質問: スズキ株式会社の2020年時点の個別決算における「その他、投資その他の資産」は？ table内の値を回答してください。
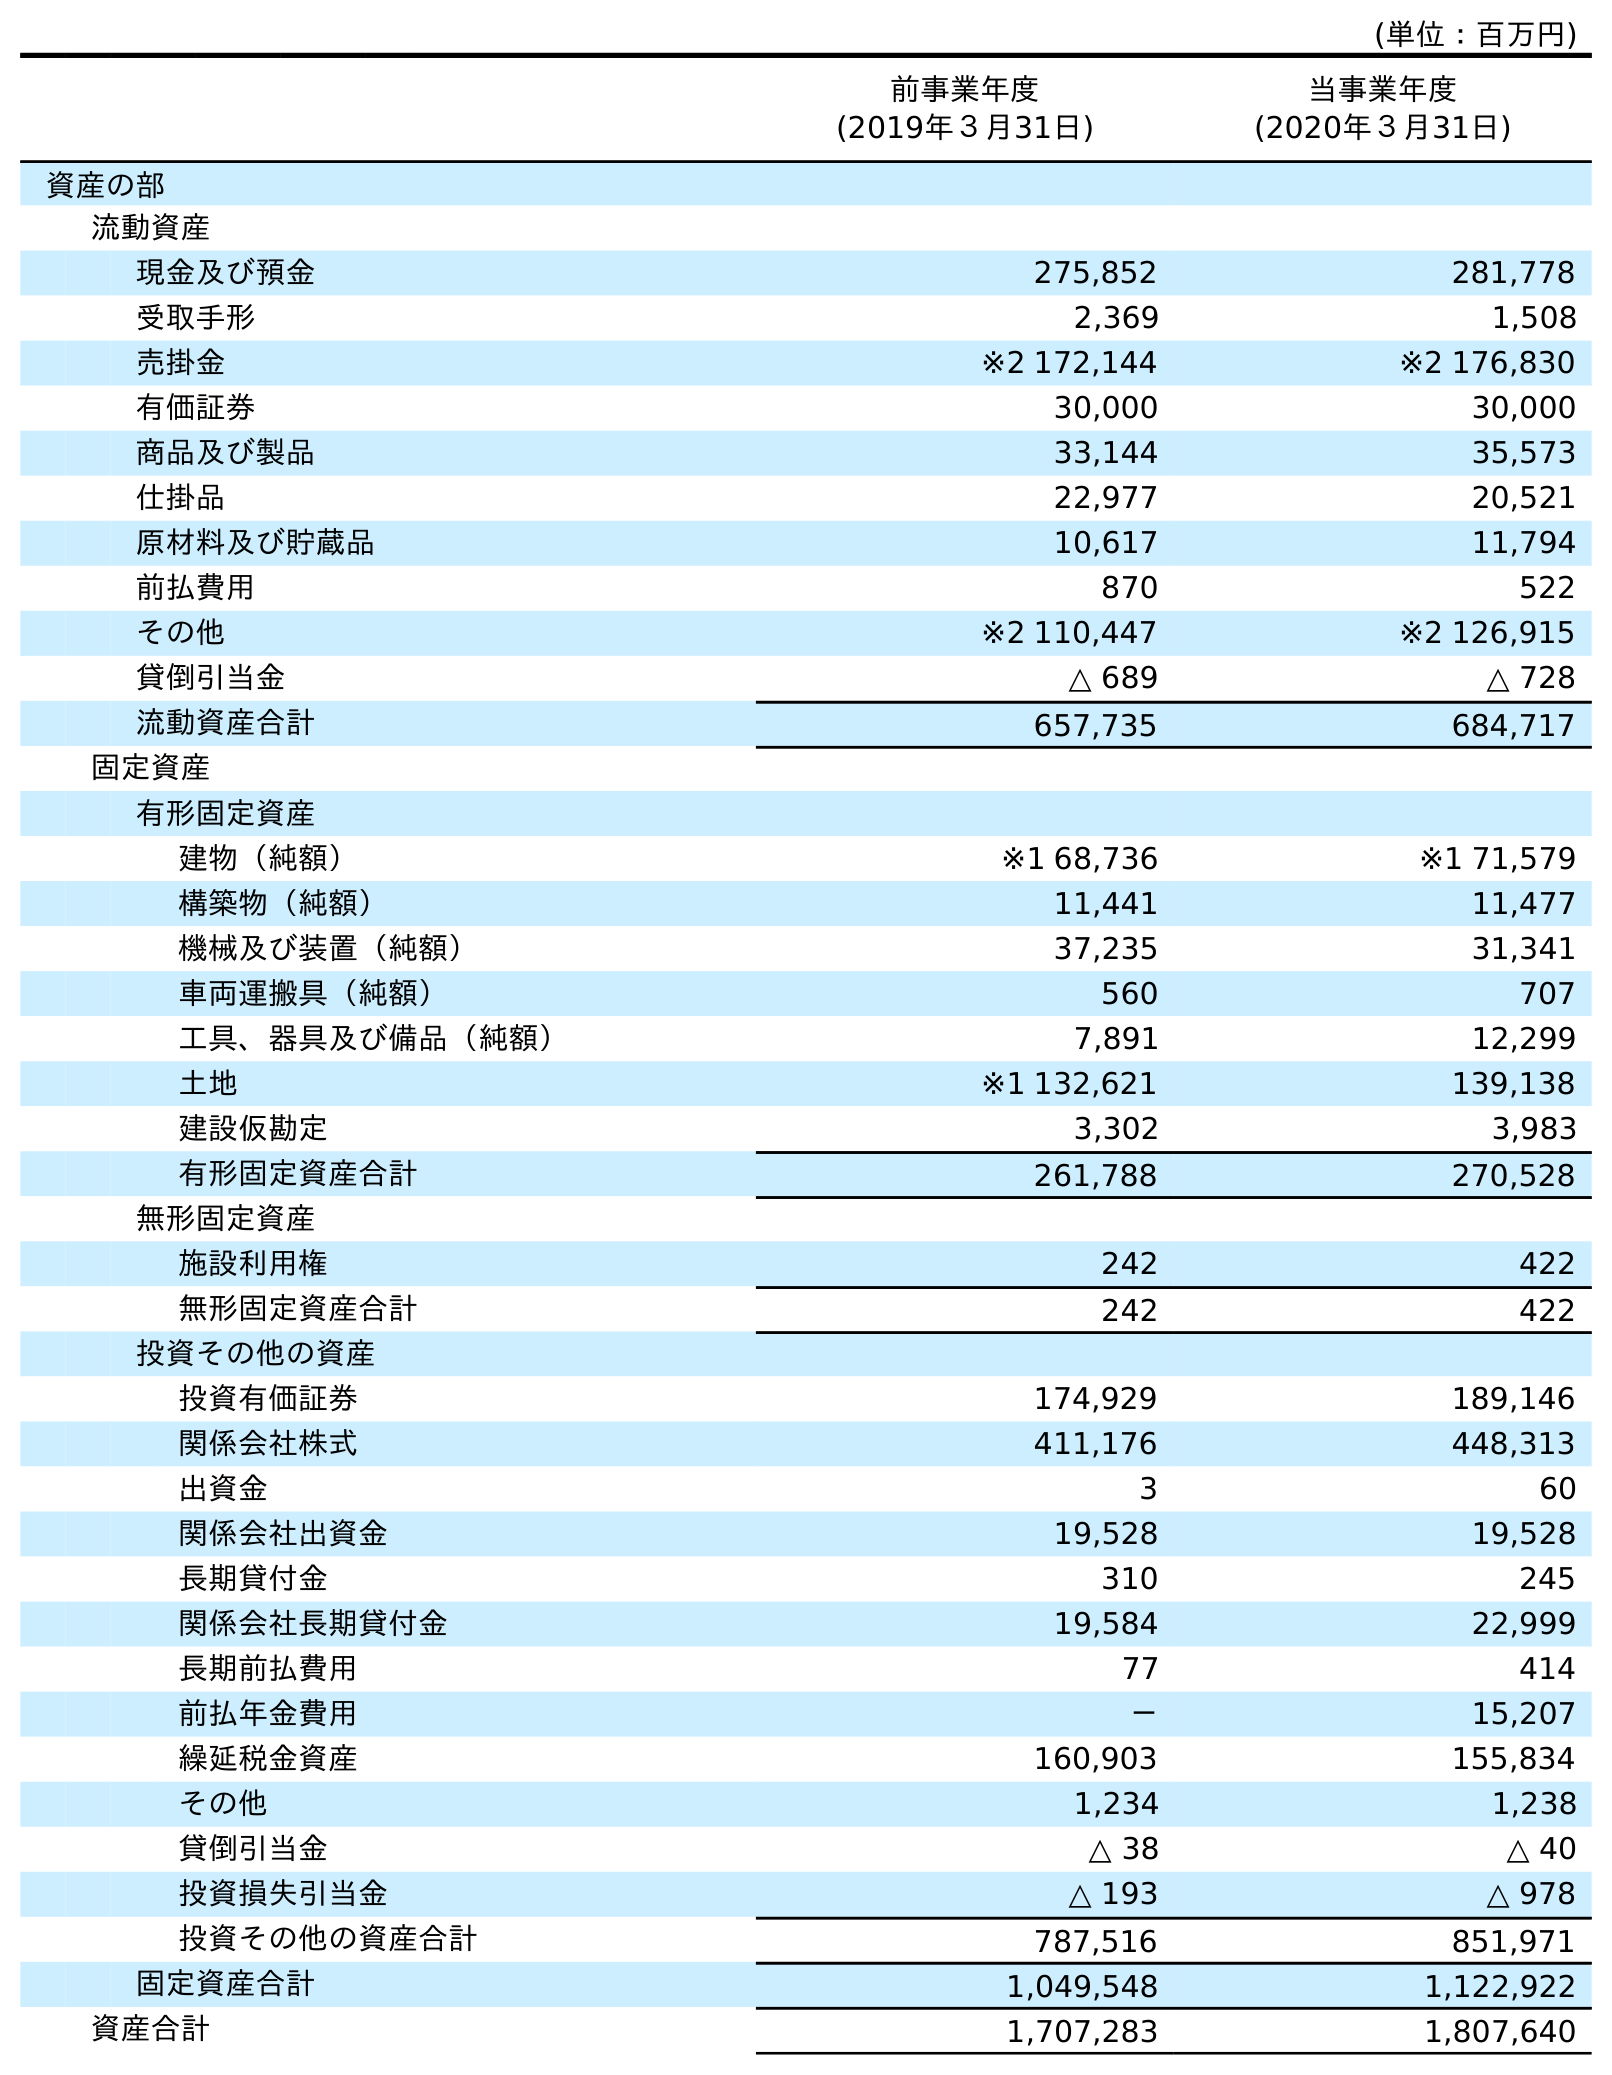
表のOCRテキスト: (単位：百万円) 前事業年度 (2019年３月31日) 当事業年度 (2020年３月31日) 資産の部 流動資産 現金及び預金 275,852 281,778 受取手形 2,369 1,508 売掛金 ※2 172,144 ※2 176,830 有価証券 30,000 30,000 商品及び製品 33,144 35,573 仕掛品 22,977 20,521 原材料及び貯蔵品 10,617 11,794 前払費用 870 522 その他 ※2 110,447 ※2 126,915 貸倒引当金 △ 689 △ 728 流動資産合計 657,735 684,717 固定資産 有形固定資産 建物（純額） ※1 68,736 ※1 71,579 構築物（純額） 11,441 11,477 機械及び装置（純額） 37,235 31,341 車両運搬具（純額） 560 707 工具、器具及び備品（純額） 7,891 12,299 土地 ※1 132,621 139,138 建設仮勘定 3,302 3,983 有形固定資産合計 261,788 270,528 無形固定資産 施設利用権 242 422 無形固定資産合計 242 422 投資その他の資産 投資有価証券 174,929 189,146 関係会社株式 411,176 448,313 出資金 3 60 関係会社出資金 19,528 19,528 長期貸付金 310 245 関係会社長期貸付金 19,584 22,999 長期前払費用 77 414 前払年金費用 － 15,207 繰延税金資産 160,903 155,834 その他 1,234 1,238 貸倒引当金 △ 38 △ 40 投資損失引当金 △ 193 △ 978 投資その他の資産合計 787,516 851,971 固定資産合計 1,049,548 1,122,922 資産合計 1,707,283 1,807,640
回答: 1,238